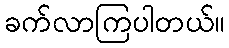
ခက်လာကြပါတယ်။